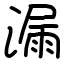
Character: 漏